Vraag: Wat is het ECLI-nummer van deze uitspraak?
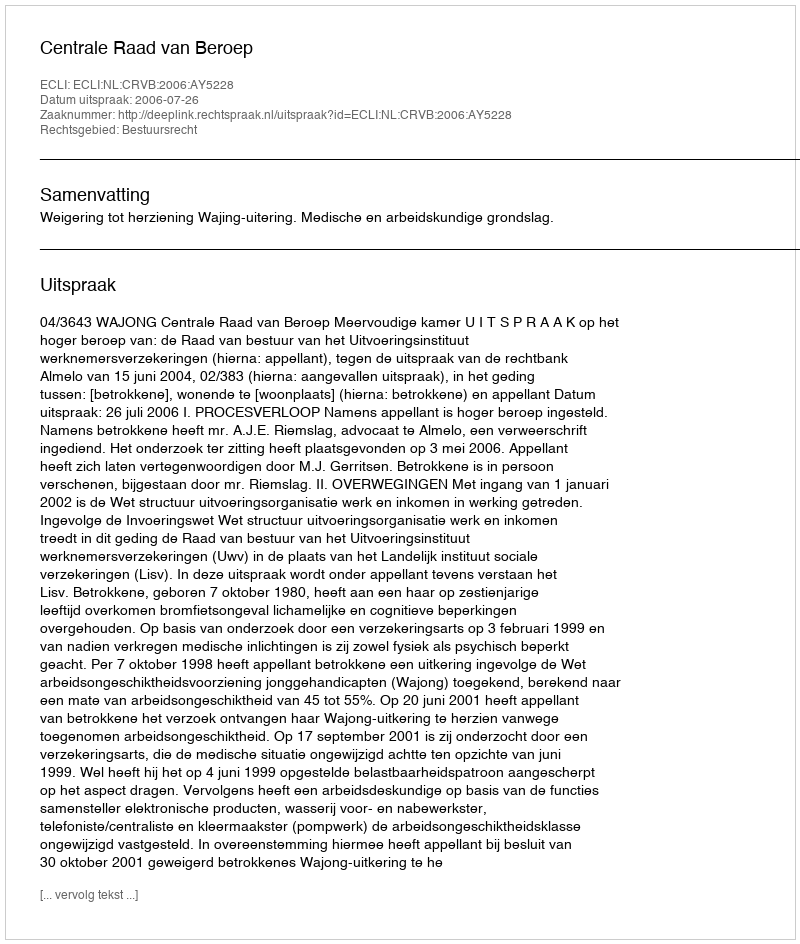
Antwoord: ECLI:NL:CRVB:2006:AY5228